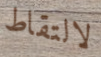
لالتقاط